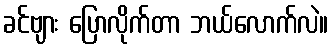
ခင်ဗျား ပြောလိုက်တာ ဘယ်လောက်လဲ။